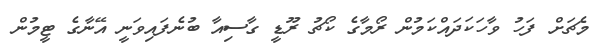
މެޗަށް ފަހު ވާހަކަދައްކަމުން ރޯމާގެ ކޯޗު ރޫޑީ ގާސިއާ ބުނެފައިވަނީ އޭނާގެ ޓީމުން